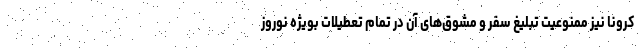
کرونا نیز ممنوعیت تبلیغ سفر و مشوق‌های آن در تمام تعطیلات بویژه نوروز